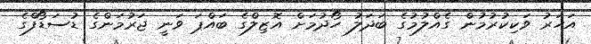
އަހަރު ވަކިކުރުމުން ގެއްލުމުގެ ބަދަލު ހޯދުމަށް އޮޒިލްގެ ބައްޕަ ވަނީ ޖަރުމަންގެ ޑުސަޑޯފްގެ